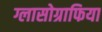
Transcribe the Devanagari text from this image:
ग्लासोग्राफिया